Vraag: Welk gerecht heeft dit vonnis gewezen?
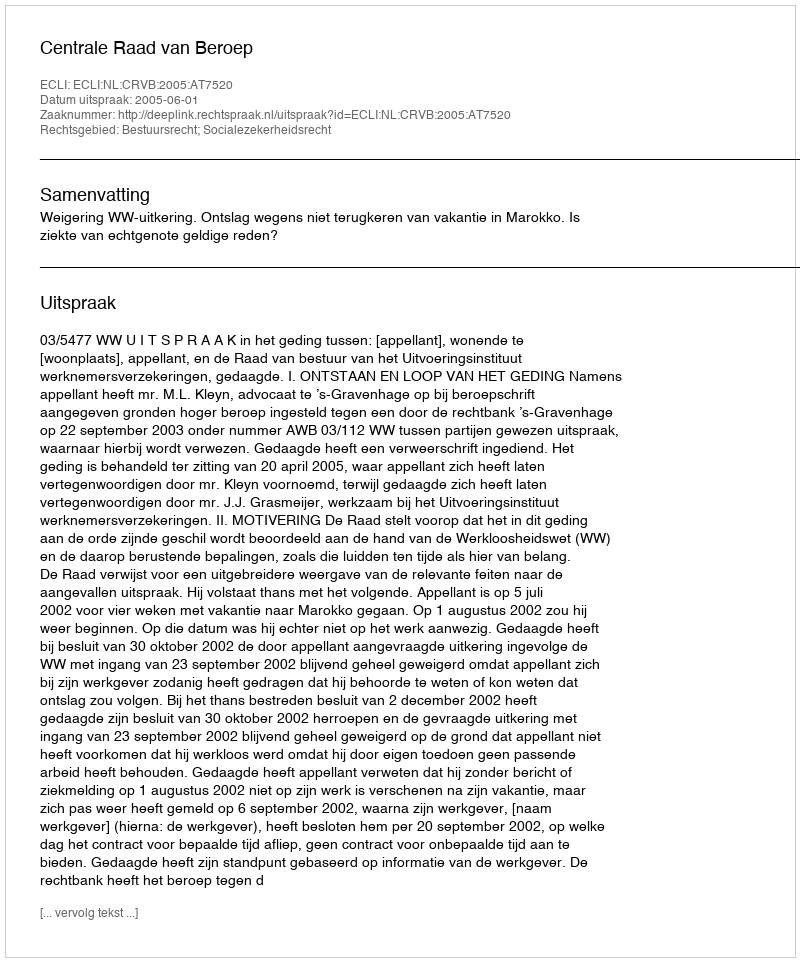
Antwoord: Centrale Raad van Beroep